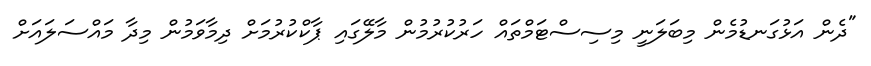
"ދެން އަޅުގަނޑުމެން މިބަލަނީ މިސިސްޓަމްތައް ހަރުކުރުމުން މާލޭގައި ޕާކްކުރުމަށް ދިމާވަމުން މިދާ މައްސަލައަށް